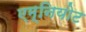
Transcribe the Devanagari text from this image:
एम्नियोट